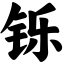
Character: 铄